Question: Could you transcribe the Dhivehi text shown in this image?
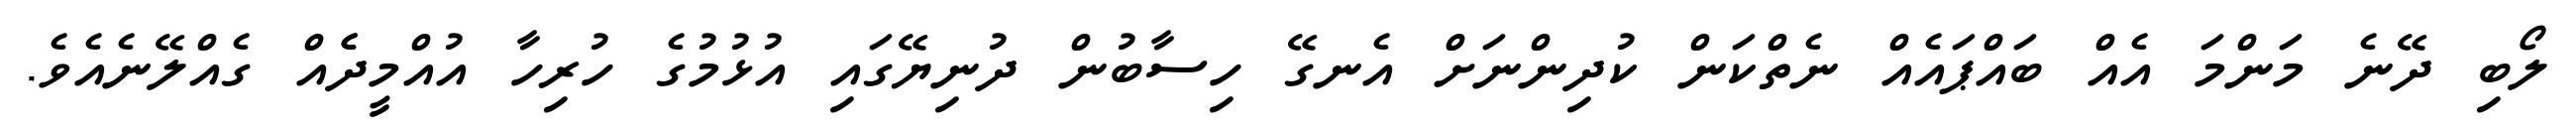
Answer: ލޯބި ދޭނެ މަންމަ އެއް ބައްޕައެއް ނެތްކަން ކުދިންނަށް އެނގޭ ހިސާބުން ދުނިޔޭގައި އުޅުމުގެ ހުރިހާ އުއްމީދެެއް ގެއްލޭނެއެވެ.